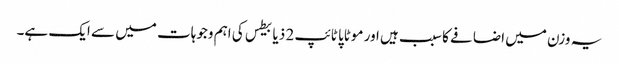
یہ وزن میں اضافے کا سبب ہیں اور موٹاپا ٹائپ 2 ذیابیطس کی اہم وجوہات میں سے ایک ہے۔